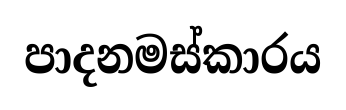
පාදනමස්කාරය